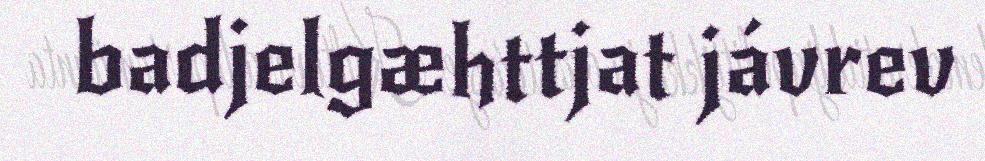
badjelgæhttjat jávrev